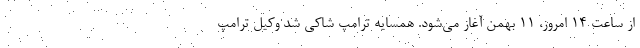
از ساعت 14 امروز، 11 بهمن آغاز می‌شود. همسایه ترامپ شاکی شد وکیل ترامپ